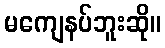
မကျေနပ်ဘူးဆို။